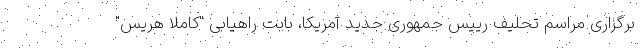
برگزاری مراسم تحلیف رییس جمهوری جدید آمریکا، بابت راهیابی "کاملا هریس"